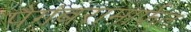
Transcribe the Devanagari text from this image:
पैगंबरामार्फत